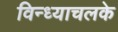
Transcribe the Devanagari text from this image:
विन्ध्याचलके